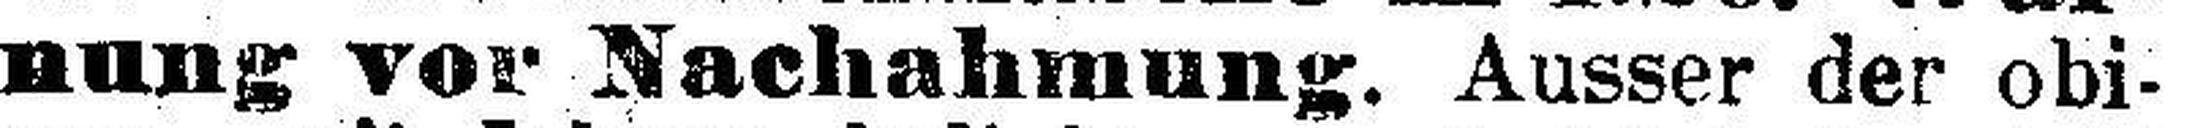
nung vor Nachahmung. Ausser der obi¬